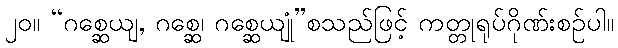
၂၀။ “ဂစ္ဆေယျ, ဂစ္ဆေ၊ ဂစ္ဆေယျုံ”စသည်ဖြင့် ကတ္တုရုပ်ဂိုဏ်းစဉ်ပါ။